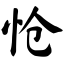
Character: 怆